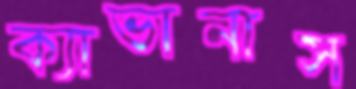
ক্যাভানাস